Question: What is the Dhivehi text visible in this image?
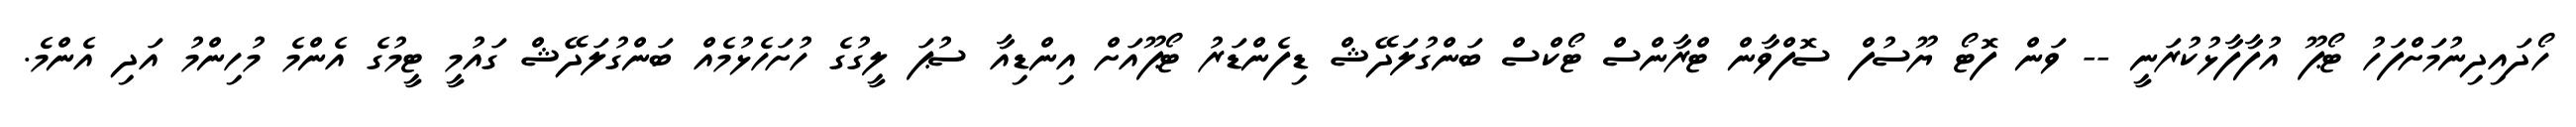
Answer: ހޯދައިދިނުމަށްފަހު ޓޯޕޫ އުފާފާޅުކުރަނީ -- ވަން ފޮޓޯ ޔޫސުފް ސޮފްވާން ޓްރާންސް ޓޯކްސް ބަންގުލަދޭޝް ޑިފެންޑަރު ޓޯޕޫއަށް އިންޑިއާ ސުޕަ ލީގުގެ ހުށަހެޅުމެއް ބަންގުލަދޭޝް ގައުމީ ޓީމުގެ އެންމެ މުހިންމު އަދި އެންމެ.